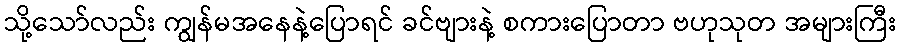
သို့သော်လည်း ကျွန်မအနေနဲ့ပြောရင် ခင်ဗျားနဲ့ စကားပြောတာ ဗဟုသုတ အများကြီး